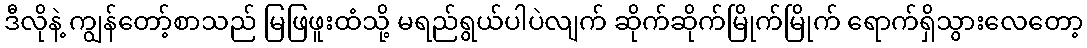
ဒီလိုနဲ့ ကျွန်တော့်စာသည် မြဖြဖူးထံသို့ မရည်ရွယ်ပါပဲလျက် ဆိုက်ဆိုက်မြိုက်မြိုက် ရောက်ရှိသွားလေတော့